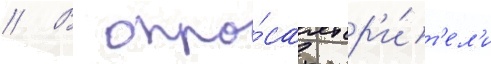
// В опро́сах зр'и́т'ел'и